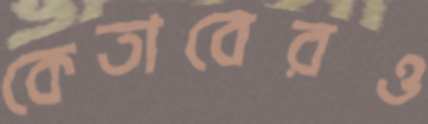
কেতাবেরও